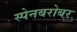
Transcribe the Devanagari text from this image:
स्पेनबरोबर